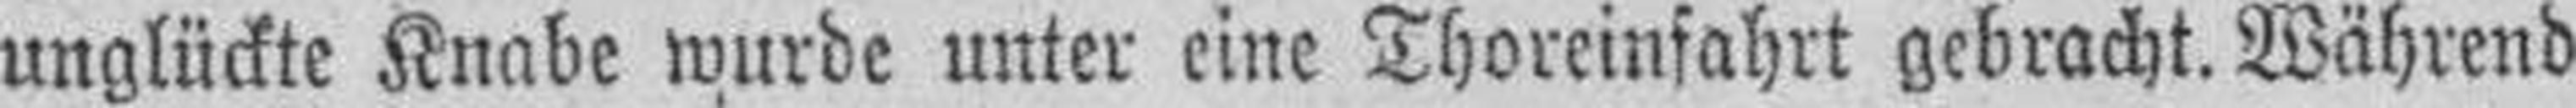
unglückte Knabe wurde unter eine Thoreinfahrt gebracht. Während